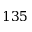
1 3 5